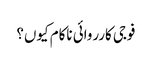
فوجی کارروائی ناکام کیوں؟